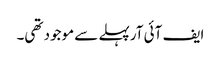
ایف آئی آرپہلے سے موجود تھی۔